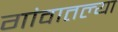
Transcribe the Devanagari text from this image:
गांवातल्या